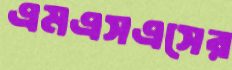
এমএসএসের